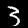
Label: 3